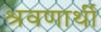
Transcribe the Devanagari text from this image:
श्रवणार्थी